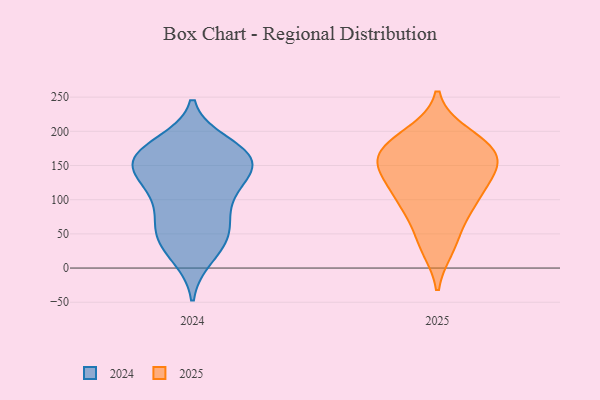
{"axis": {"x": "Shipments", "y": "Value"}, "legend": ["2024", "2025"], "data": [{"x": "", "y": 23, "type": "2024"}, {"x": "", "y": 175, "type": "2024"}, {"x": "", "y": 158, "type": "2024"}, {"x": "", "y": 57, "type": "2024"}, {"x": "", "y": 154, "type": "2024"}, {"x": "", "y": 126, "type": "2024"}, {"x": "", "y": 16, "type": "2024"}, {"x": "", "y": 158, "type": "2024"}, {"x": "", "y": 127, "type": "2024"}, {"x": "", "y": 48, "type": "2024"}, {"x": "", "y": 111, "type": "2024"}, {"x": "", "y": 54, "type": "2024"}, {"x": "", "y": 102, "type": "2024"}, {"x": "", "y": 182, "type": "2024"}, {"x": "", "y": 174, "type": "2024"}, {"x": "", "y": 157, "type": "2024"}, {"x": "", "y": 144, "type": "2024"}, {"x": "", "y": 161, "type": "2024"}, {"x": "", "y": 87, "type": "2024"}, {"x": "", "y": 54, "type": "2024"}, {"x": "", "y": 134, "type": "2025"}, {"x": "", "y": 189, "type": "2025"}, {"x": "", "y": 165, "type": "2025"}, {"x": "", "y": 96, "type": "2025"}, {"x": "", "y": 178, "type": "2025"}, {"x": "", "y": 30, "type": "2025"}, {"x": "", "y": 99, "type": "2025"}, {"x": "", "y": 151, "type": "2025"}, {"x": "", "y": 77, "type": "2025"}, {"x": "", "y": 38, "type": "2025"}, {"x": "", "y": 103, "type": "2025"}, {"x": "", "y": 145, "type": "2025"}, {"x": "", "y": 136, "type": "2025"}, {"x": "", "y": 174, "type": "2025"}, {"x": "", "y": 196, "type": "2025"}, {"x": "", "y": 161, "type": "2025"}]}